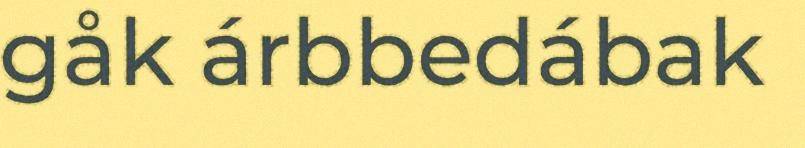
gåk árbbedábak